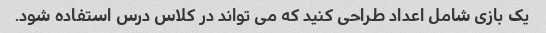
یک بازی شامل اعداد طراحی کنید که می تواند در کلاس درس استفاده شود.